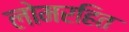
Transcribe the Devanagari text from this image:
लोमरहित